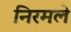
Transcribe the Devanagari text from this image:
निरमले